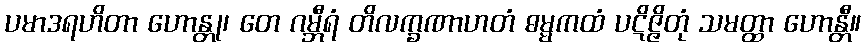
ပမာဒရဟိတာ ဟောန္တု၊ တေ ဂမ္ဘီရံ တိလက္ခဏာဟတံ ဓမ္မကထံ ပဋိဇ္ဇိတုံ သမတ္ထာ ဟောန္တီ။